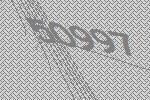
50997